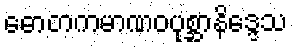
ဓောတကမာဏဝပုစ္ဆာနိဒ္ဒေသ